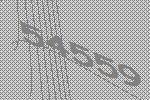
54559